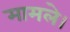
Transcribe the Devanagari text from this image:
मामले।